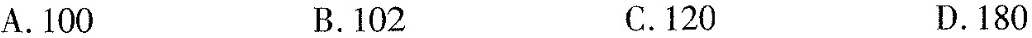
A.100 B.102 C.120 D.180